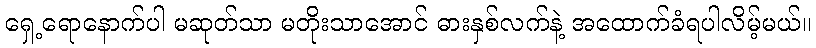
ရှေ့ရောနောက်ပါ မဆုတ်သာ မတိုးသာအောင် ဓားနှစ်လက်နဲ့ အထောက်ခံရပါလိမ့်မယ်။